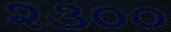
૨૩૦૦